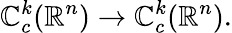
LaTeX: \mathbb{C}_{c}^{k}(\mathbb{{R}}^{n})\to\mathbb{C}_{c}^{k}(\mathbb{{R}}^{n}).